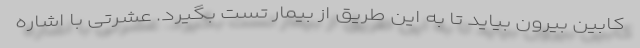
کابین بیرون بیاید تا به این طریق از بیمار تست بگیرد. عشرتی با اشاره